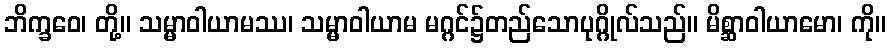
ဘိက္ခဝေ၊ တို့။ သမ္မာဝါယာမဿ၊ သမ္မာဝါယာမ မဂ္ဂင်၌တည်သောပုဂ္ဂိုလ်သည်။ မိစ္ဆာဝါယာမော၊ ကို။